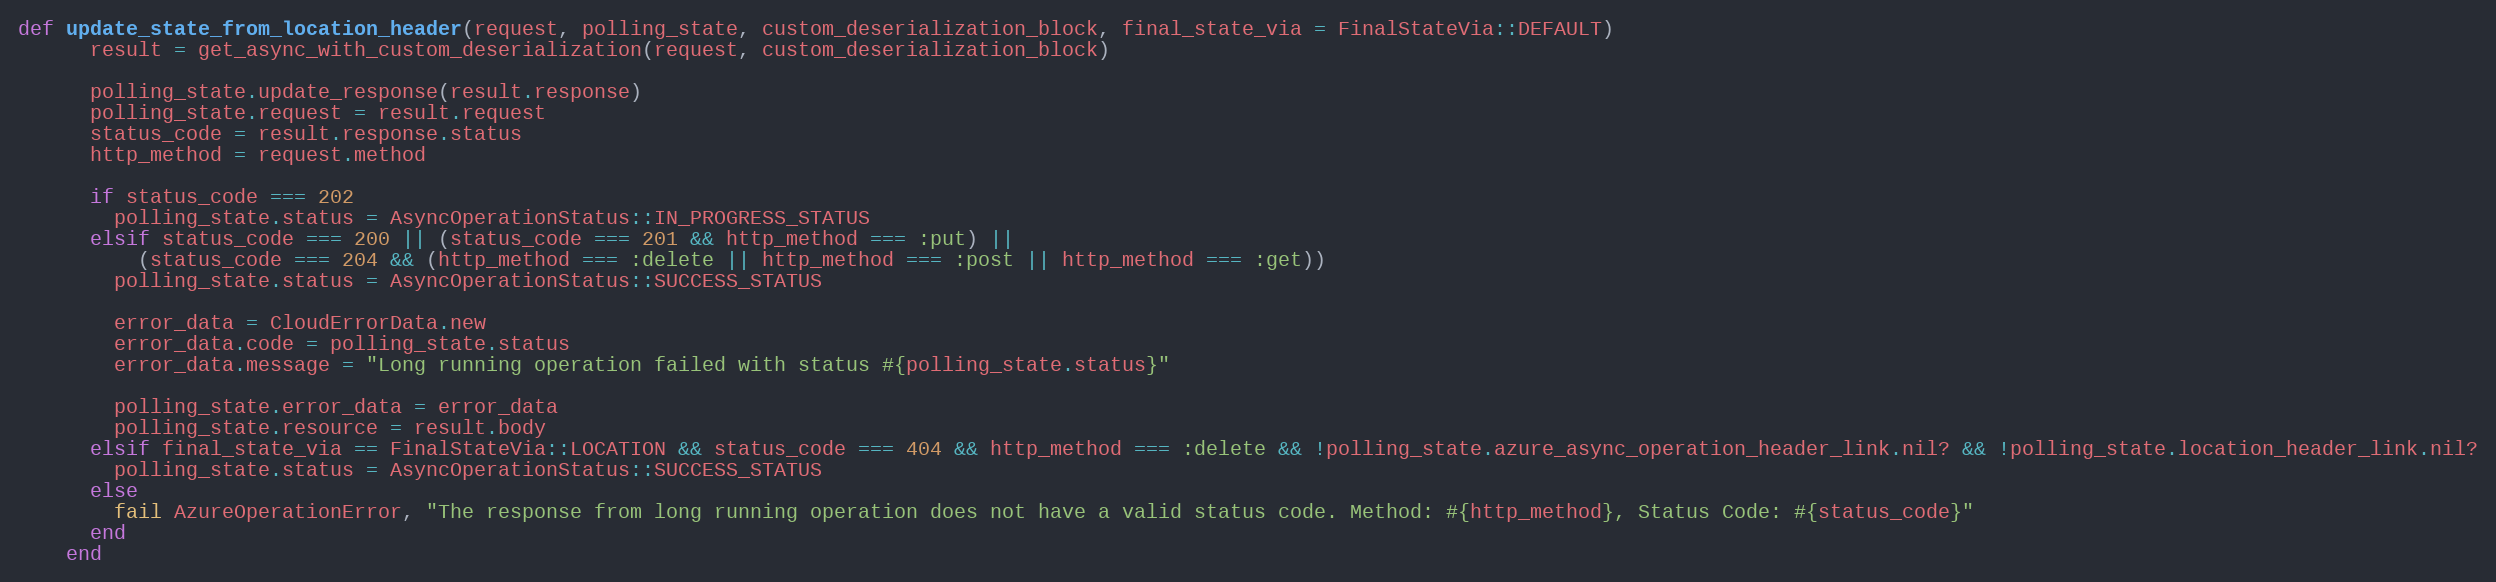
Language: Ruby
def update_state_from_location_header(request, polling_state, custom_deserialization_block, final_state_via = FinalStateVia::DEFAULT)
      result = get_async_with_custom_deserialization(request, custom_deserialization_block)

      polling_state.update_response(result.response)
      polling_state.request = result.request
      status_code = result.response.status
      http_method = request.method

      if status_code === 202
        polling_state.status = AsyncOperationStatus::IN_PROGRESS_STATUS
      elsif status_code === 200 || (status_code === 201 && http_method === :put) ||
          (status_code === 204 && (http_method === :delete || http_method === :post || http_method === :get))
        polling_state.status = AsyncOperationStatus::SUCCESS_STATUS

        error_data = CloudErrorData.new
        error_data.code = polling_state.status
        error_data.message = "Long running operation failed with status #{polling_state.status}"

        polling_state.error_data = error_data
        polling_state.resource = result.body
      elsif final_state_via == FinalStateVia::LOCATION && status_code === 404 && http_method === :delete && !polling_state.azure_async_operation_header_link.nil? && !polling_state.location_header_link.nil?
        polling_state.status = AsyncOperationStatus::SUCCESS_STATUS
      else
        fail AzureOperationError, "The response from long running operation does not have a valid status code. Method: #{http_method}, Status Code: #{status_code}"
      end
    end